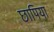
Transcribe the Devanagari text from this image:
छापिया